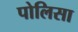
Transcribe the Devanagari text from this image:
पोलिसा